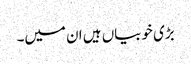
بڑی خوبیاں ہیں ان میں۔